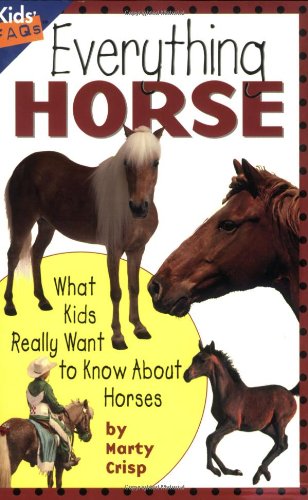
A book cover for Everything Horse: What Kids Really Want to Know about Horses (Kids Faqs); Marty Crisp; Children's Books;